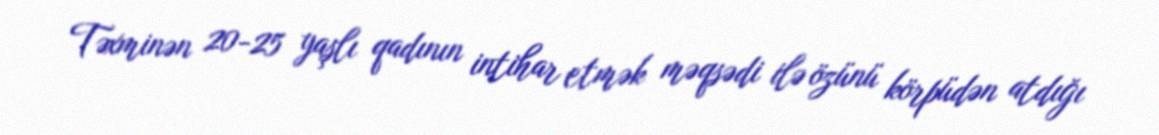
Təxminən 20-25 yaşlı qadının intihar etmək məqsədi ilə özünü körpüdən atdığı